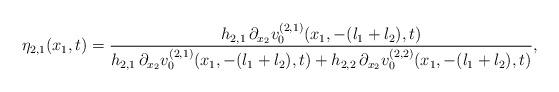
LaTeX: \begin{align*} \eta_{2,1}(x_1,t)= \frac{h_{2,1}\, \partial_{x_2}v^{(2,1)}_0(x_1,-(l_1+l_2),t)} {h_{2,1} \,\partial_{x_2}v^{(2,1)}_0(x_1,-(l_1+l_2),t) + h_{2,2} \,\partial_{x_2}v^{(2,2)}_0(x_1,-(l_1+l_2),t)},\end{align*}